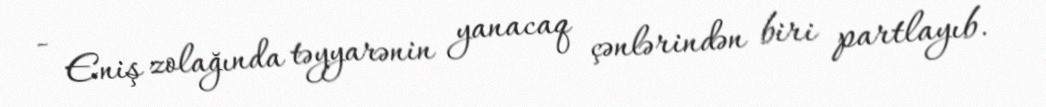
- Eniş zolağında təyyarənin yanacaq çənlərindən biri partlayıb.